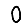
Digit: 0